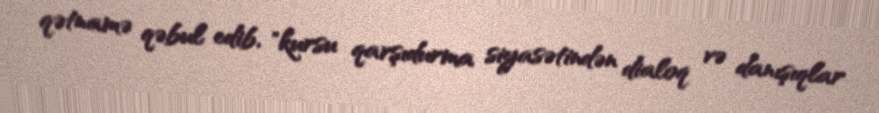
qətnamə qəbul edib, "kursu qarşıdurma siyasətindən dialoq və danışıqlar